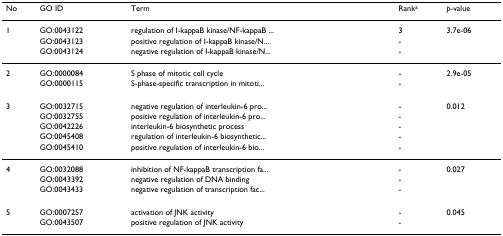
<table><thead><tr><td><b>No</b></td><td><b>GO ID</b></td><td><b>Term</b></td><td><b>Rank<sup>a</sup></b></td><td><b><i>p</i>-value</b></td></tr></thead><tbody><tr><td>1</td><td>GO:0043122</td><td>regulation of I-kappaB kinase/NF-kappaB ...</td><td>3</td><td>3.7e-06</td></tr><tr><td></td><td>GO:0043123</td><td>positive regulation of I-kappaB kinase/N...</td><td>-</td><td></td></tr><tr><td></td><td>GO:0043124</td><td>negative regulation of I-kappaB kinase/N...</td><td>-</td><td></td></tr><tr><td>2</td><td>GO:0000084</td><td>S phase of mitotic cell cycle</td><td>-</td><td>2.9e-05</td></tr><tr><td></td><td>GO:0000115</td><td>S-phase-specific transcription in mitoti...</td><td>-</td><td></td></tr><tr><td>3</td><td>GO:0032715</td><td>negative regulation of interleukin-6 pro...</td><td>-</td><td>0.012</td></tr><tr><td></td><td>GO:0032755</td><td>positive regulation of interleukin-6 pro...</td><td>-</td><td></td></tr><tr><td></td><td>GO:0042226</td><td>interleukin-6 biosynthetic process</td><td>-</td><td></td></tr><tr><td></td><td>GO:0045408</td><td>regulation of interleukin-6 biosynthetic...</td><td>-</td><td></td></tr><tr><td></td><td>GO:0045410</td><td>positive regulation of interleukin-6 bio...</td><td>-</td><td></td></tr><tr><td>4</td><td>GO:0032088</td><td>inhibition of NF-kappaB transcription fa...</td><td>-</td><td>0.027</td></tr><tr><td></td><td>GO:0043392</td><td>negative regulation of DNA binding</td><td>-</td><td></td></tr><tr><td></td><td>GO:0043433</td><td>negative regulation of transcription fac...</td><td>-</td><td></td></tr><tr><td>5</td><td>GO:0007257</td><td>activation of JNK activity</td><td>-</td><td>0.045</td></tr><tr><td></td><td>GO:0043507</td><td>positive regulation of JNK activity</td><td>-</td><td></td></tr></tbody></table>